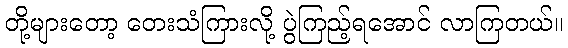
တို့များတော့ တေးသံကြားလို့ ပွဲကြည့်ရအောင် လာကြတယ်။